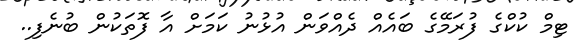
ޓިމް ކުކްގެ ފުރަމޭގެ ބައެއް ދެއްވަން އުޅުނު ކަމަށް އާ ފޮތަކުން ބުނެފި..